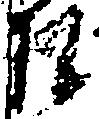
礼